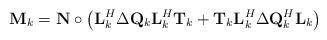
LaTeX: \begin{align*}\mathbf{M}_k = \mathbf{N} \circ \left(\mathbf{L}_k^H\Delta\mathbf{Q}_k\mathbf{L}_k^H\mathbf{T}_k + \mathbf{T}_k\mathbf{L}_k^H\Delta\mathbf{Q}_k^H\mathbf{L}_k \right)\end{align*}